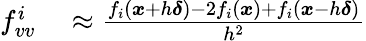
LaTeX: \begin{array}{rl}{f_{vv}^{i}}&{{}\approx{\frac{f_{i}({\boldsymbol{x}}+h{\boldsymbol{\delta}})-2f_{i}({\boldsymbol{x}})+f_{i}({\boldsymbol{x}}-h{\boldsymbol{\delta}})}{h^{2}}}}\end{array}